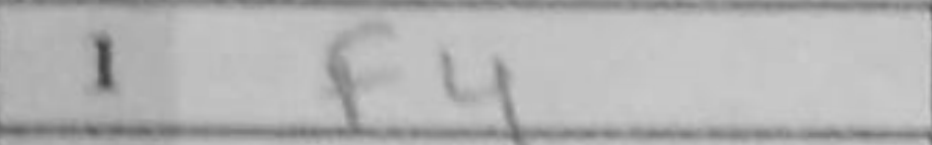
Transcription: f4